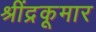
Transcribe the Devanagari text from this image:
श्रींद्रकूमार